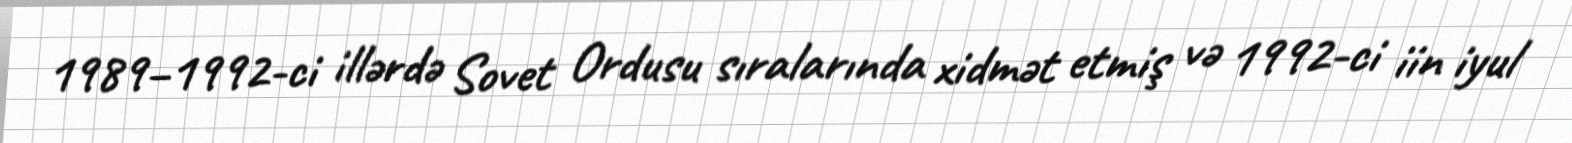
1989–1992-ci illərdə Sovet Ordusu sıralarında xidmət etmiş və 1992-ci iin iyul